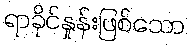
ရာခိုင်နှုန်းဖြစ်သော